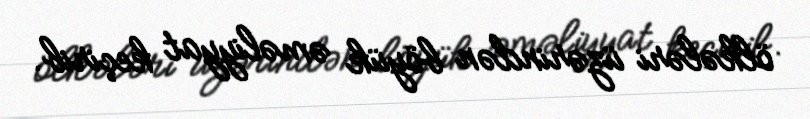
ölkələri üzərindən böyük əməliyyat keçirib.